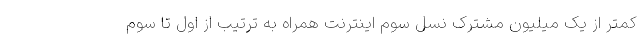
کمتر از یک میلیون مشترک نسل سوم اینترنت همراه به ترتیب از اول تا سوم